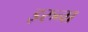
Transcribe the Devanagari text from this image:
इरुना